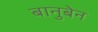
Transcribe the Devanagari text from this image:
बानुबेन